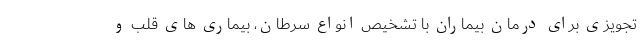
تجویزی برای درمان بیماران با تشخیص انواع سرطان، بیماری های قلب و